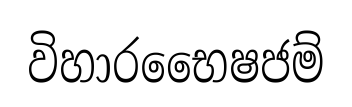
විහාරභෛෂජම්